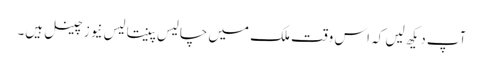
آپ دیکھ لیں کہ اس وقت ملک میں چالیس پینتالیس نیوز چینل ہیں۔